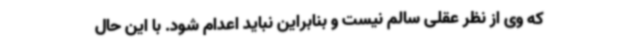
که وی از نظر عقلی سالم نیست و بنابراین نباید اعدام شود. با این حال